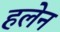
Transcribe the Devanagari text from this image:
हलेन